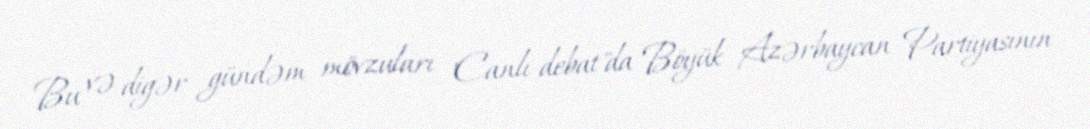
Bu və digər gündəm mövzuları "Canlı debat"da Böyük Azərbaycan Partiyasının